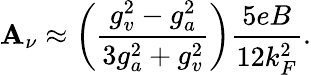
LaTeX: \mathbf{A}_{\nu}\approx\left({\frac{{g_{v}^{2}-g_{a}^{2}}}{{3g_{a}^{2}+g_{v}^{2}}}}\right){\frac{{5eB}}{{12k_{F}^{2}}}}.